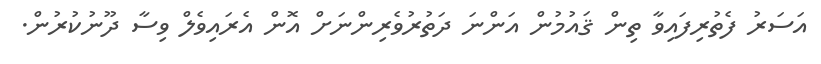
އަސަރު ފެތުރިފައިވާ ތިން ޤައުމުން އަންނަ ދަތުރުވެރިންނަށް އޮން އެރައިވެލް ވިސާ ދޫނުކުރުން.